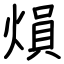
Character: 熉